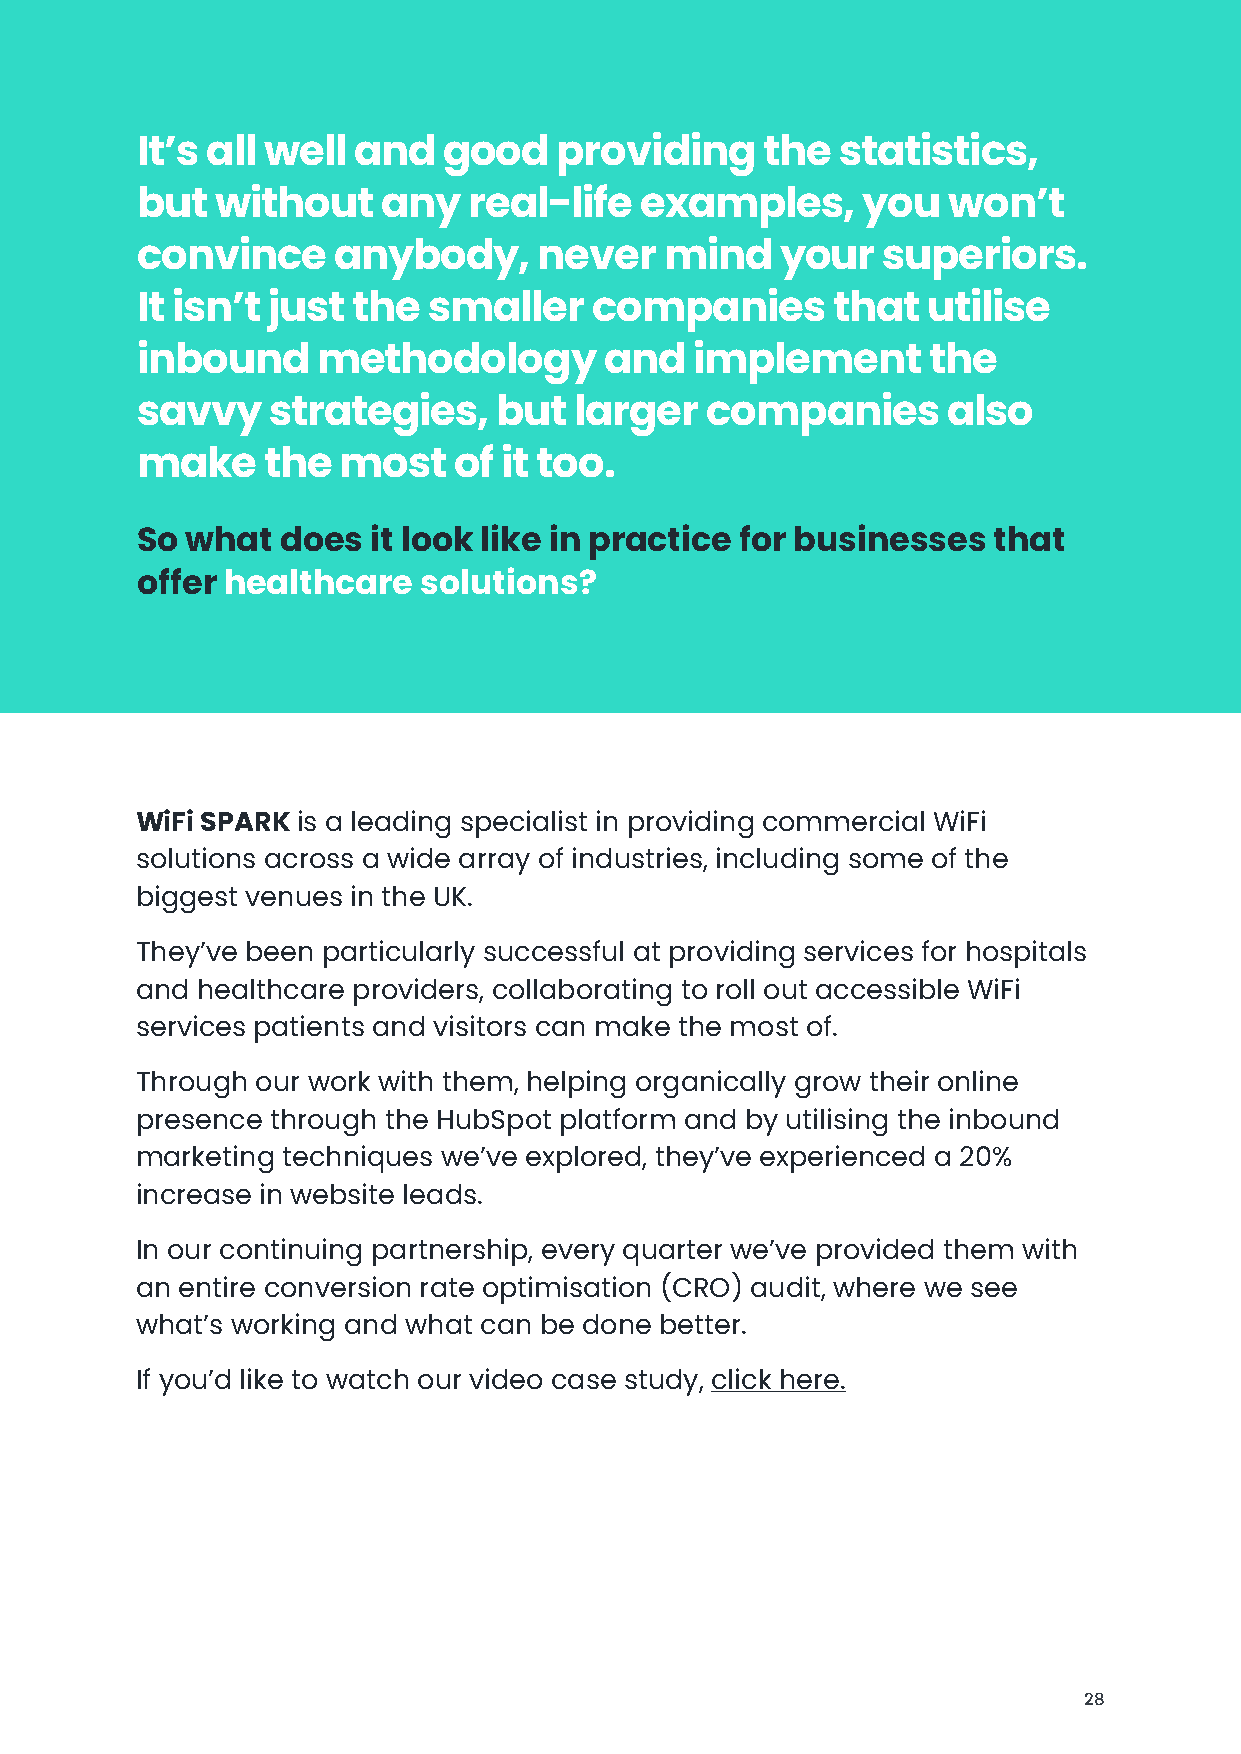
It’s all well and   good    providing     the statistics,
 but  without    any   real-life  examples,      you   won’t
 convince     anybody,      never   mind    your  superiors.
 It isn’t just the  smaller    companies       that  utilise
 inbound     methodology        and   implement      the
 savvy    strategies,    but  larger   companies       also
 make     the  most   of it too.
 So what   does  it look like in practice for businesses  that
 offer healthcare   solutions?
 WiFi SPARK is a leading specialist in providing commercial WiFi
 solutions across a wide array of industries, including some of the
 biggest venues in the UK.
 They’ve been particularly successful at providing services for hospitals
 and healthcare providers, collaborating to roll out accessible WiFi
 services patients and visitors can make the most of.
 Through our work with them, helping organically grow their online
 presence through the HubSpot platform and by utilising the inbound
 marketing techniques we’ve explored, they’ve experienced a 20%
 increase in website leads.
 In our continuing partnership, every quarter we’ve provided them with
 an entire conversion rate optimisation (CRO) audit, where we see
 what’s working and what can be done better.
 If you’d like to watch our video case study, click here.
 28